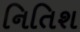
નિતિશ